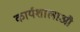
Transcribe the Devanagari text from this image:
कार्यशालाऔ